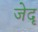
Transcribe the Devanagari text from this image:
जेदृ